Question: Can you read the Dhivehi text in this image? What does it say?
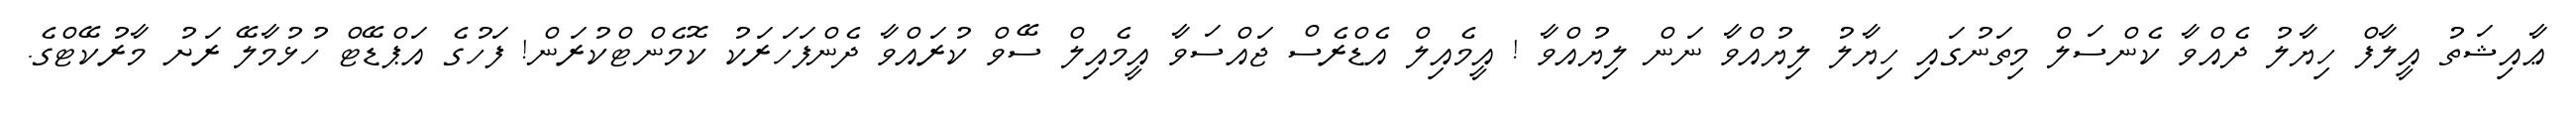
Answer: ޢާއިޝަތު އީލާފް ހިޔާލު ދެއްވާ ކެންސަލް މިތަނުގައި ހިޔާލު ލިޔުއްވާ ނަން ލިޔުއްވާ ! އީމެއިލް އެޑްރެސް ޖައްސަވާ އީމެއިލް ސޭވް ކުރައްވާ ދެންފަހަރަކު ކޮމެންޓްކުރަން! ފަހުގެ އަޕްޑޭޓް ހުޅުމާލޭ ރަށު މާރުކޭޓްގެ.